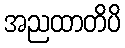
အညထာတိပိ